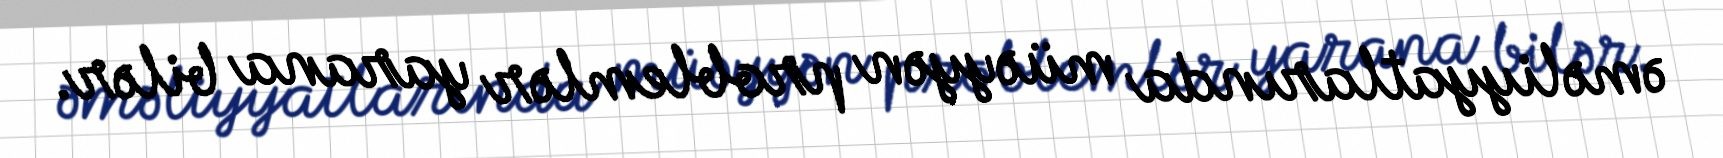
əməliyyatlarında müəyyən problemlər yarana bilər.